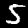
Digit: 5